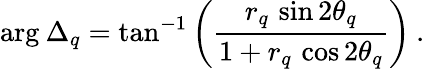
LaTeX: \mathrm{arg}\: \Delta_{q}=\mathrm{tan}^{-1}\left(\frac{r_{q}\, \sin 2\theta_{q}}{1+r_{q}\, \cos 2\theta_{q}}\right)\: .